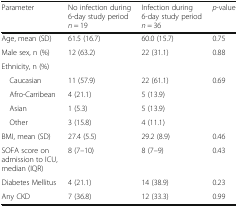
| Parameter | No infection during 6-day study period n = 19 | Infection during 6-day study period n = 36 | p-value |
 | --- | --- | --- | --- |
 | Age, mean (SD) | 61.5 (16.7) | 60.0 (15.7) | 0.75 |
 | Male sex, n (%) | 12 (63.2) | 22 (31.1) | 0.88 |
 | <COLSPAN=4> Ethnicity, n (%) |
 | Caucasian | 11 (57.9) | 22 (61.1) | 0.69 |
 | Afro-Carribean | 4 (21.1) | 5 (13.9) |  |
 | Asian | 1 (5.3) | 5 (13.9) |  |
 | Other | 3 (15.8) | 4 (11.1) |  |
 | BMI, mean (SD) | 27.4 (5.5) | 29.2 (8.9) | 0.46 |
 | SOFA score on admission to ICU, median (IQR) | 8 (7–10) | 8 (7–9) | 0.43 |
 | Diabetes Mellitus | 4 (21.1) | 14 (38.9) | 0.23 |
 | Any CKD | 7 (36.8) | 12 (33.3) | 0.99 |